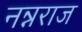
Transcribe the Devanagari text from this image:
नन्नराज